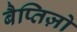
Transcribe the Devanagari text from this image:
बैप्तिज़ो